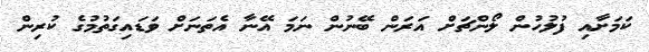
ކަމަށާއި ފުލުހުން ލޯންޗަށް އަރަން ބޭނުން ނަމަ އޭނާ އެތަނަށް ވަޑައިގަތުމުގެ ކުރިން